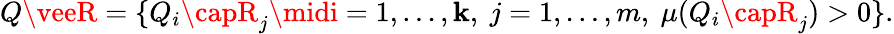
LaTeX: Q\veeR=\{ Q_{i}\capR_{j}\midi=1,\ldots,\mathbf{k},\ j=1,\ldots,m,\ \mu(Q_{i}\capR_{j})>0\} .